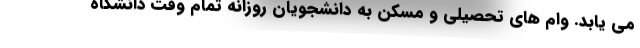
می یابد. وام های تحصیلی و مسکن به دانشجویان روزانه تمام وقت دانشگاه